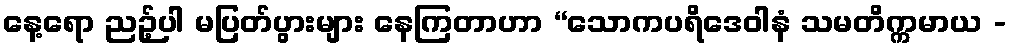
နေ့ရော ညဉ့်ပါ မပြတ်ပွားများ နေကြတာဟာ “သောကပရိဒေဝါနံ သမတိက္ကမာယ -